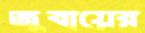
জুবায়ের